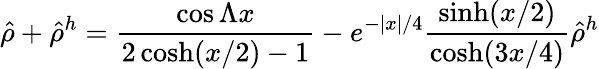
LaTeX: \hat{\rho}+\hat{\rho}^{h}={\frac{\cos\Lambda x}{2\cosh(x/2)-1}}-e^{-|x|/4}{\frac{\sinh(x/2)}{\cosh(3x/4)}}\hat{\rho}^{h}